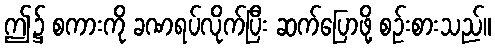
ဤ၌ စကားကို ခဏရပ်လိုက်ပြီး ဆက်ပြောဖို့ စဉ်းစားသည်။